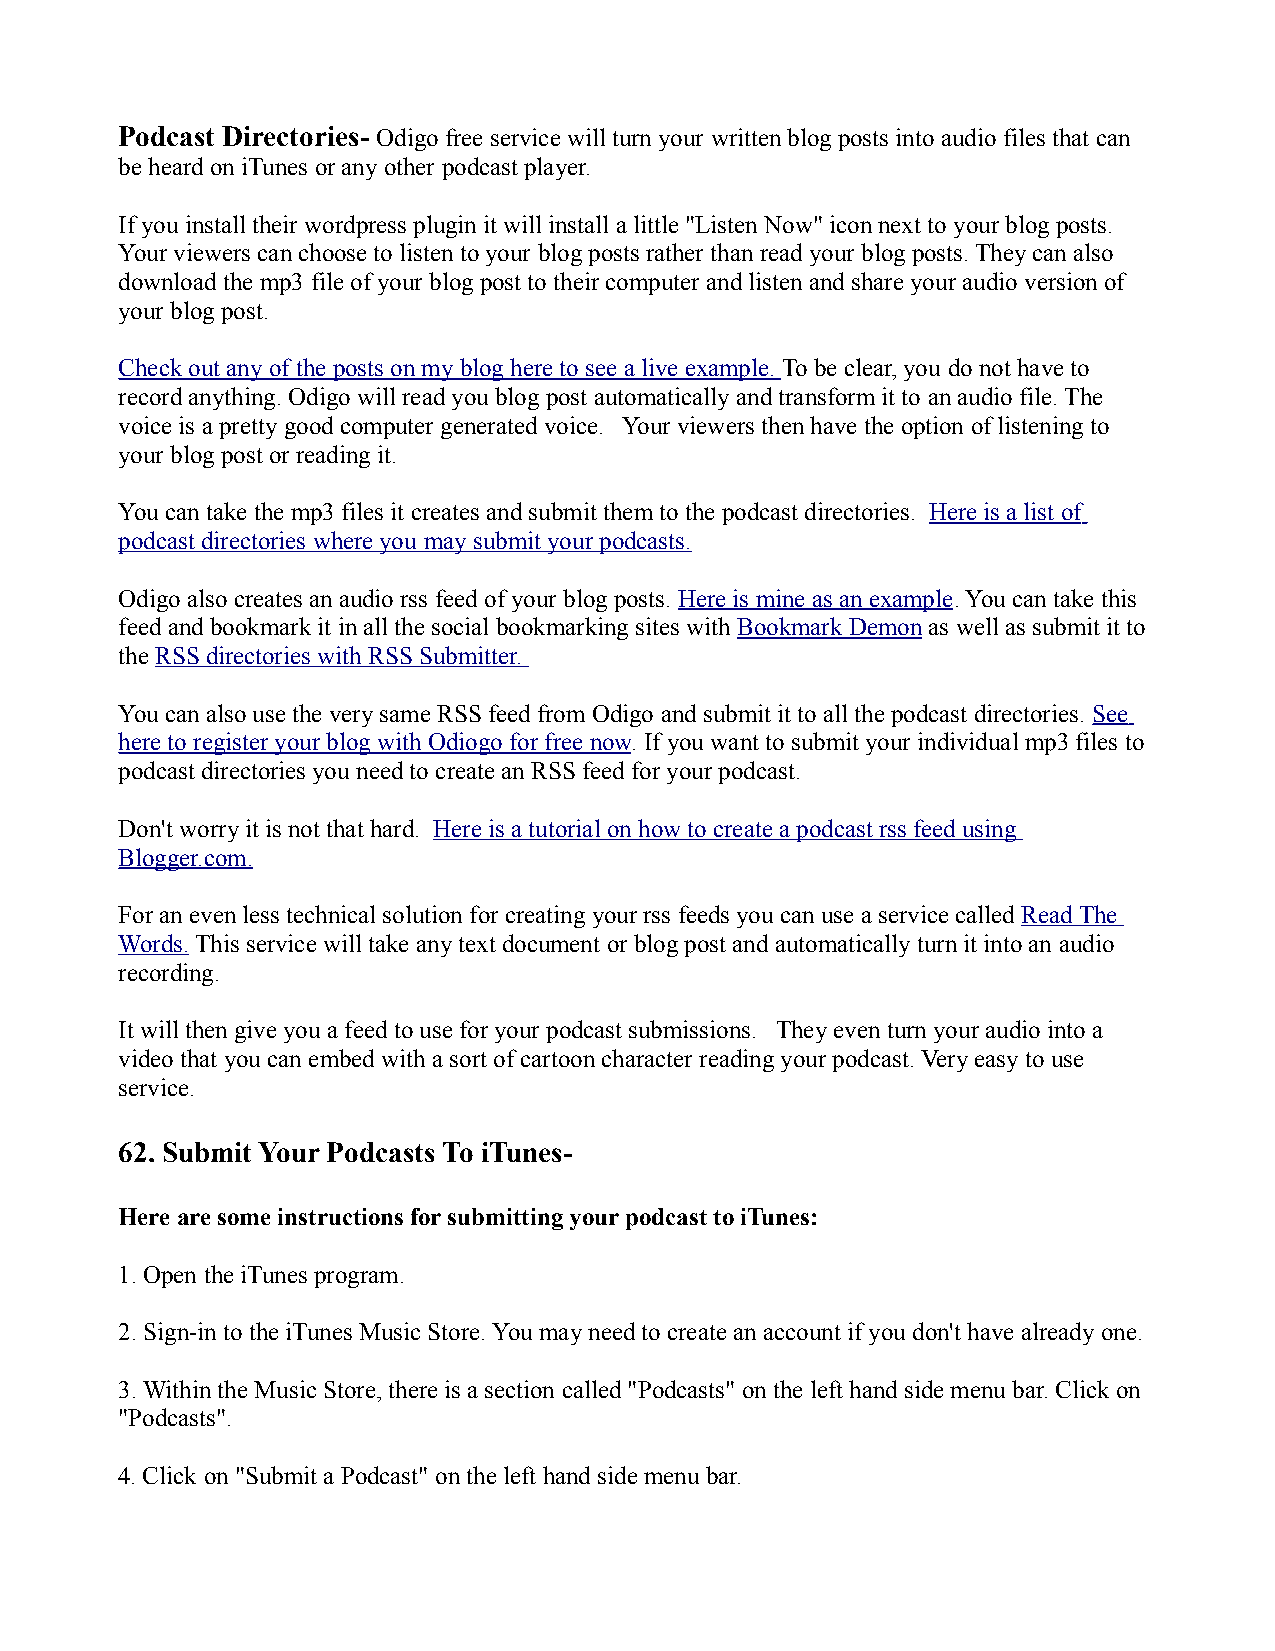
Podcast Directories- Odigo free service will turn your written blog posts into audio files that can
 be heard on iTunes or any other podcast player.
 If you install their wordpress plugin it will install a little "Listen Now" icon next to your blog posts.
 Your viewers can choose to listen to your blog posts rather than read your blog posts. They can also
 download the mp3 file of your blog post to their computer and listen and share your audio version of
 your blog post.
 Check out any of the posts on my blog here to see a live example. To be clear, you do not have to
 record anything. Odigo will read you blog post automatically and transform it to an audio file. The
 voice is a pretty good computer generated voice. Your viewers then have the option of listening to
 your blog post or reading it.
 You can take the mp3 files it creates and submit them to the podcast directories. Here is a list of
 podcast directories where you may submit your podcasts.
 Odigo also creates an audio rss feed of your blog posts. Here is mine as an example. You can take this
 feed and bookmark it in all the social bookmarking sites with Bookmark Demon as well as submit it to
 the RSS directories with RSS Submitter.
 You can also use the very same RSS feed from Odigo and submit it to all the podcast directories. See
 here to register your blog with Odiogo for free now. If you want to submit your individual mp3 files to
 podcast directories you need to create an RSS feed for your podcast.
 Don't worry it is not that hard. Here is a tutorial on how to create a podcast rss feed using
 Blogger.com.
 For an even less technical solution for creating your rss feeds you can use a service called Read The
 Words. This service will take any text document or blog post and automatically turn it into an audio
 recording.
 It will then give you a feed to use for your podcast submissions. They even turn your audio into a
 video that you can embed with a sort of cartoon character reading your podcast. Very easy to use
 service.
 62. Submit Your Podcasts To iTunes-
 Here are some instructions for submitting your podcast to iTunes:
 1. Open the iTunes program.
 2. Sign-in to the iTunes Music Store. You may need to create an account if you don't have already one.
 3. Within the Music Store, there is a section called "Podcasts" on the left hand side menu bar. Click on
 "Podcasts".
 4. Click on "Submit a Podcast" on the left hand side menu bar.